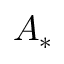
A _ { * }